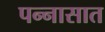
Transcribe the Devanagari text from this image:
पन्‍नासात